Civil Veterinary Dept. Assam report 1911-1927 - 1911-1927
Year: 1911
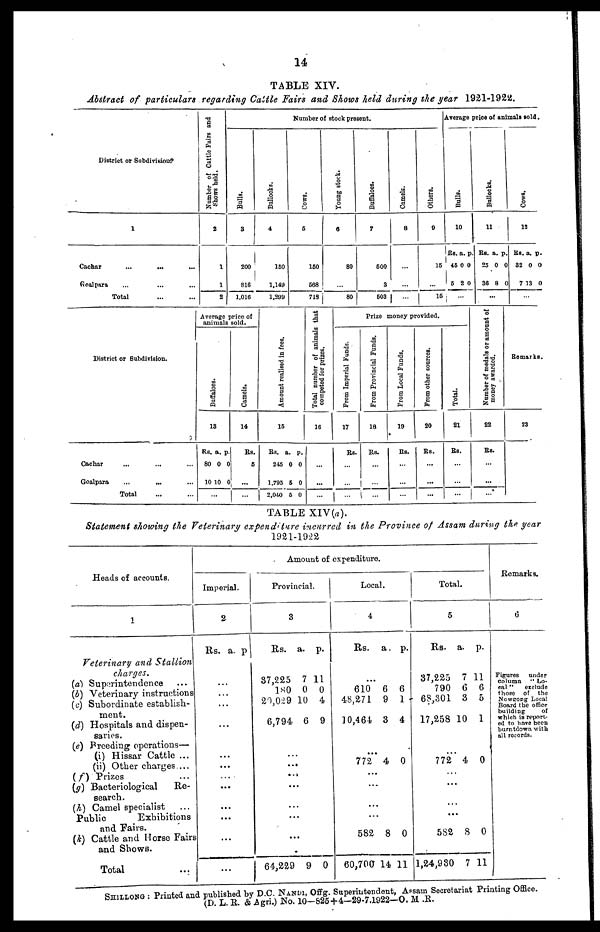
14
TABLE XIV.
Abstract of particulars
regarding Cattle Fairs and Shows held during the year 1921-1922.
District or Subdivision.
1
Cachar ... ... ...
Goalpara ... ... ...
Total ... ...
Number of Cattle Fairs and
Shows held.
2
1
1
2
Number of stock present.
Bulls.
3
200
810
1,016
Bullocks.
4
150
1,149
1,299
Cows.
5
160
568
718
Young stock.
6
80
...
80
Buffaloes.
7
500
3
503
Camels.
8
...
...
...
Others.
9
15
...
15
Average price of animals sold.
Bulls.
10
Rs.
46
5
a.
0
2
p
0
0
...
Bullocks.
11
Rs.
25
36
a.
0
8
p
0
0
...
Cows.
12
Rs.
32
7
a.
0
13
p.
0
0
...
District or Subdivision.
Cachar ... ... ...
Goalpara ... ... ...
Total ... ...
Average price of
animals sold.
Buffaloes.
13
RS.
80
10
...
a.
0
10
p.
0
0
Camels.
14
Rs.
6
...
...
Amo u n t r e a l i s e d in fees.
15
Rs.
245
1,795
2,040
a.
0
5
5
p.
0
0
0
Total number of animals that
competed for prizes.
16
...
...
...
Prize money provided.
Prom Imperial Funds,
17
Rs.
...
...
...
From Provincial Funds.
18
Rs.
...
...
...
From Local Funds.
19
Rs.
...
...
...
From other sources.
20
Rs.
...
...
...
Total.
21
Rs.
...
...
...
Number of medals or amount of
money awarded.
22
Rs.
...
...
...
Remarks.
23
TABLE XIV (a).
Statement showing the Veterinary expenditure
incurred in the Province of Assam during the year
1921-1922
Heads of accounts.
1
Veterinary and Stallion
charges.
(a) Superintendence ...
(b) Veterinary instructions
(c) Subordinate establish-
ment.
(d) Hospitals and dispen-
saries.
(e) Breeding operations—
(i) Hissar Cattle ...
(ii) Other charges ...
(f) Prizes ...
(g) Bacteriological
Re-
search.
(h) Camel specialist
Public
Exhibitions
and Pairs.
(k) Cattle and Horse Fairs
and Shows.
Total
Amount of expenditure.
Imperial.
2
Rs. a. p
...
...
...
...
...
...
...
...
...
...
...
...
Provincial.
3
Rs.
37,225
180
20,029
6,794
...
...
a.
7
0
10
6
p.
11
0
4
9
...
...
...
...
...
64,229 9 0
Local.
4
Rs.
...
610
48,271
10,464
772
a.
6
9
3
4
p.
6
1
4
0
...
...
...
...
582
60,700
8
14
0
11
Total.
5
Rs.
37,225
790
68,301
17,258
772
a.
7
6
3
10
4
p.
11
6
5
1
0
...
...
...
...
582
1,24,930
8
7
0
11
Remarks.
6
Figures
under
column
"Lo-
cal"
exclude
those of
the
Nowgong Local
Board the office
building
of
which is report-
ed to have been
burntdown with
all records.
SHILLONG: Printed and published by D.C. NANDI, Offg. Superintendent, Assam Secretariat Printing Office.
(D. L. E. & Agri.) No. 10—825+4—29-7,1922—O. M. R.